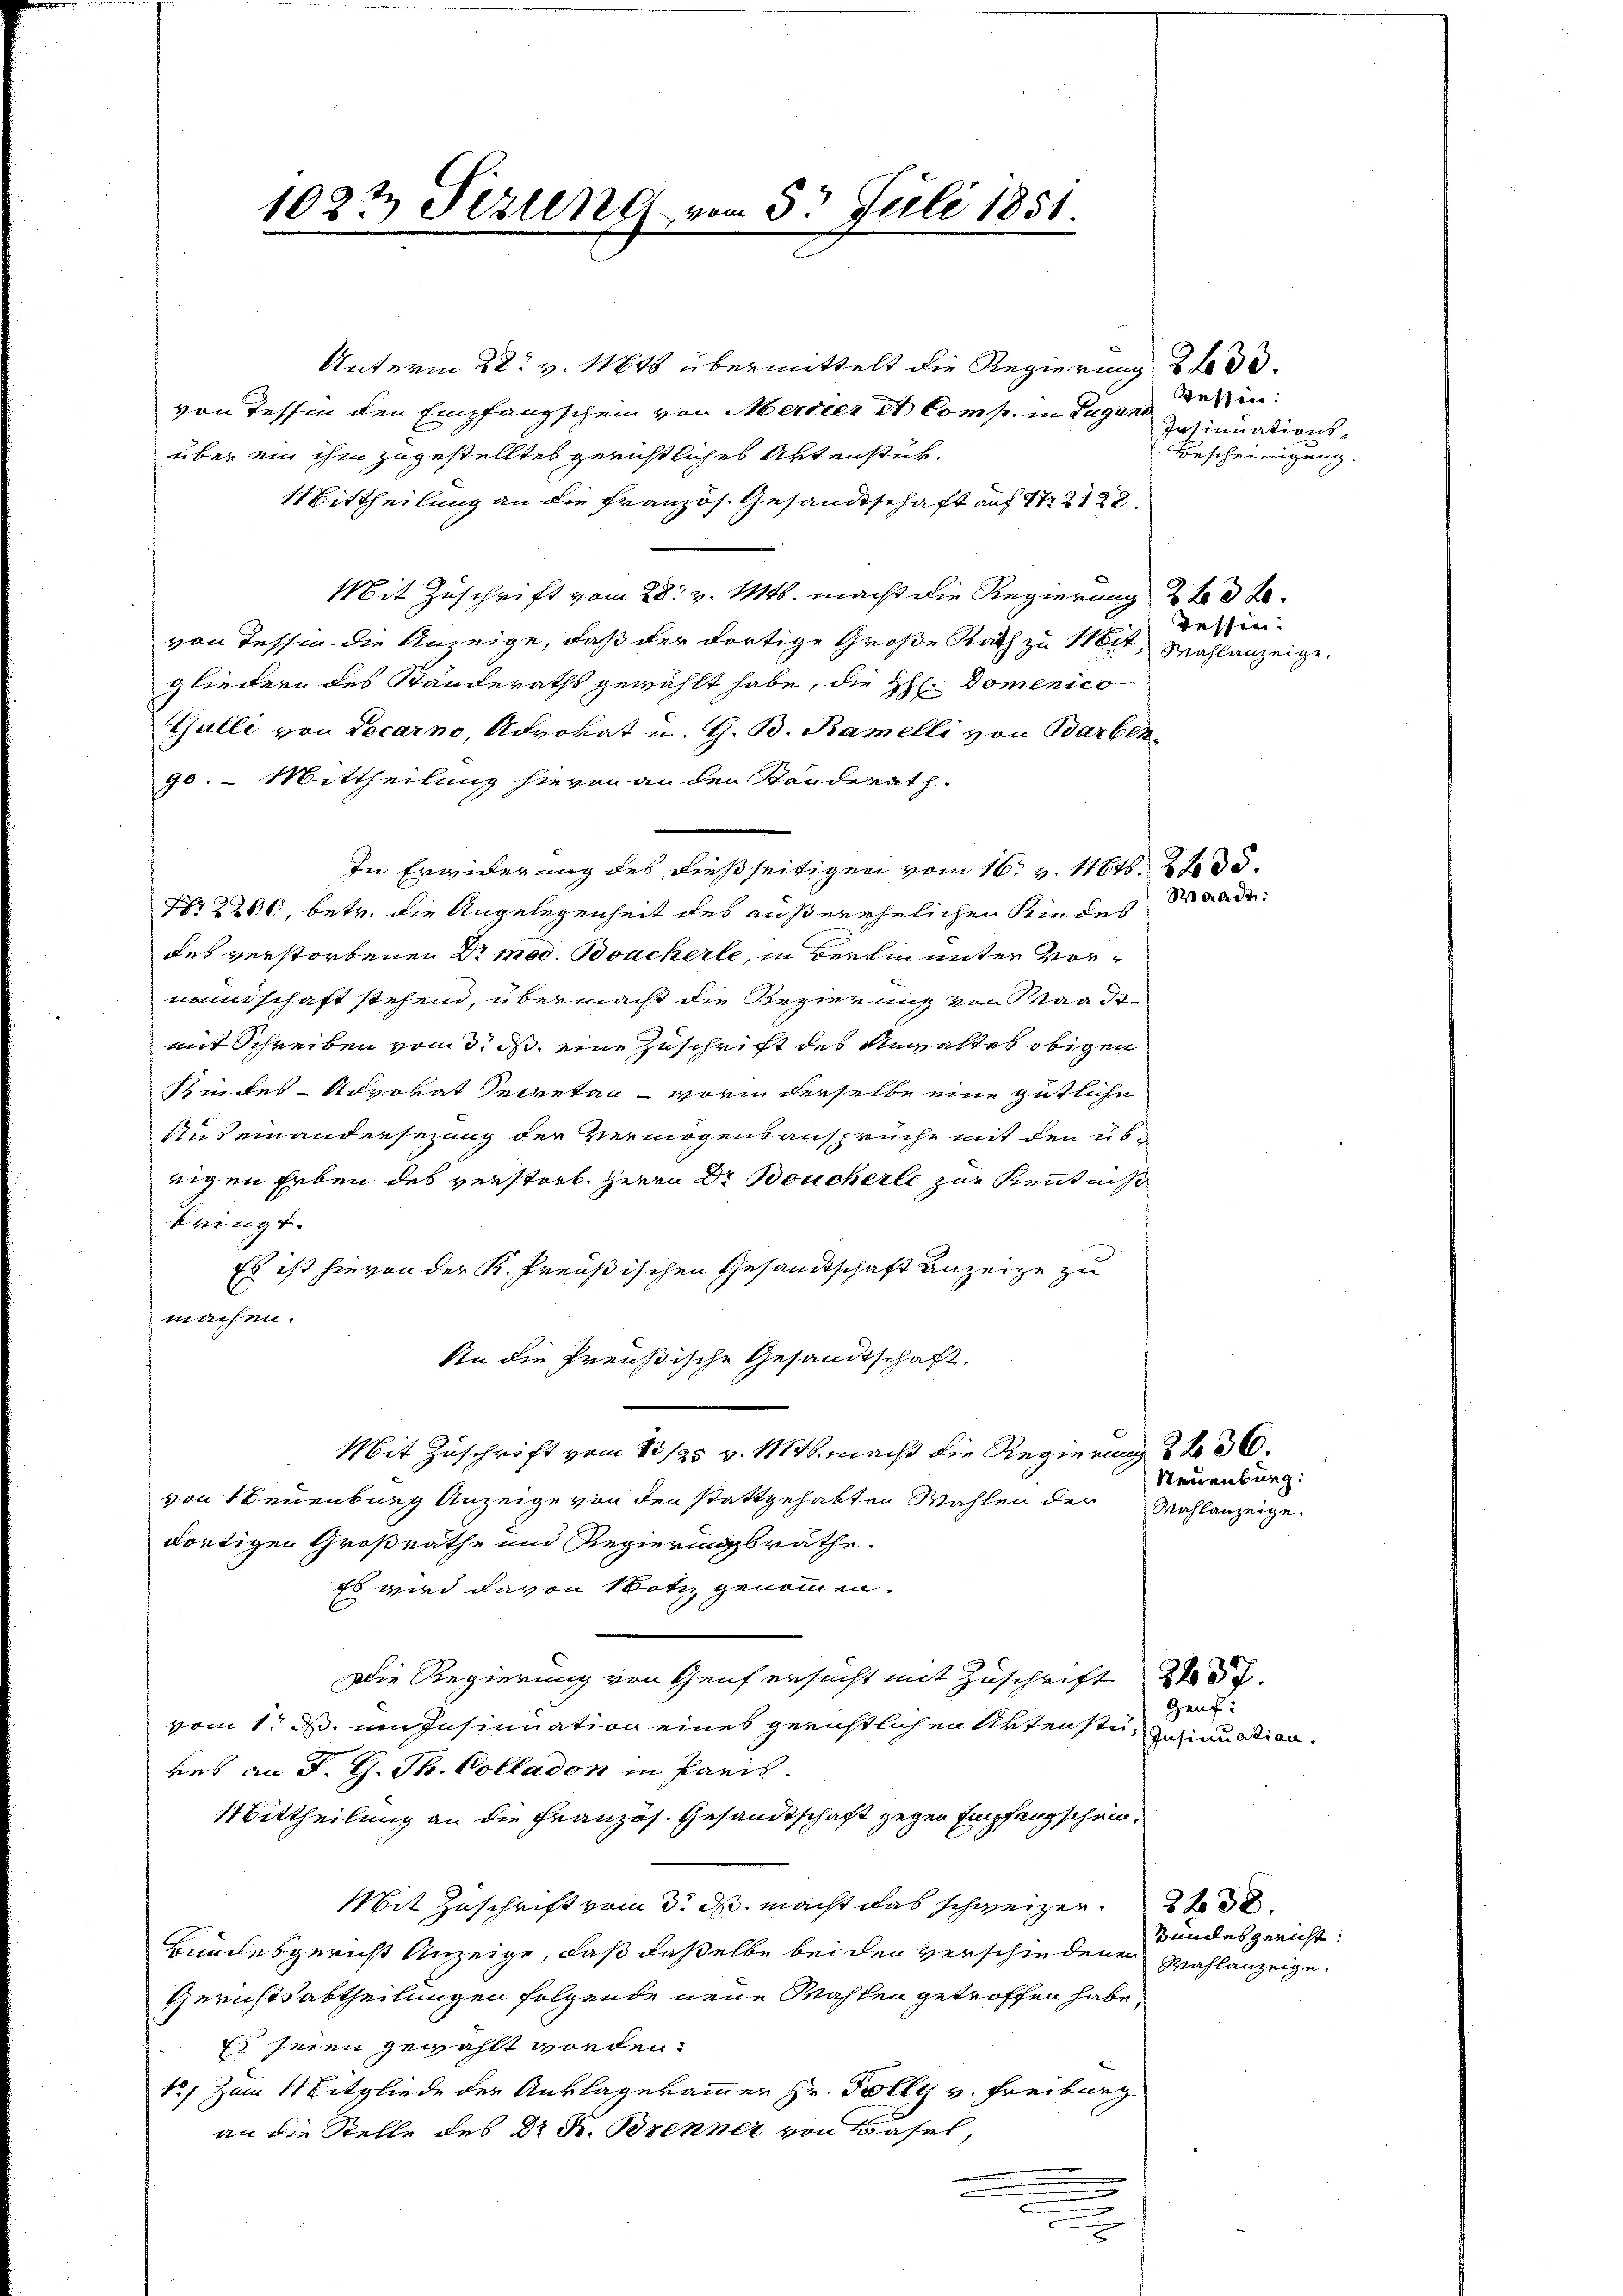
1027 Fezung von 5. Juli 1851.

Unterm 28. v. 11848 übermittelt die Regierung 2 f 30.
von Tessin den Empfangschein von Mercier A Comp. in Lugano
über ein ihm zugestelltes gerichtliches Aktenstük¬
1 Bittheilung an die Französ. Gesandtschaft auf 12128.
Mit Zuschrift vom 28. v. Mts. macht die Regierung 2 t d Bevon Tessin die Anzeige, daß der dortige Große Rath zu 116, Wahlanzeige.
gliedern des Standeraths gewählt habe, die H. Domenico
Galli von Locarno, Advokat u. G. B. Ramelli von Barben.
90. - Mittheilung hievon an den Standerath
In Erwiderung des dießseitigen vom 16. v. Mts. 2 t d d.
Nr 2200, betr. die Angelegenheit des außerehelichen Kindes
des verstorbenen Dr med. Boucherle, in Berlin unter vormannschaft stehend, übermacht die Regierung von Saade
mit Schreiben vom 3. ds. eine Zuschrift des Anwaltes obigen
Kindes- Advokat Secretan - worin derselbe eine gütliche
Auseinandersezung der Vermögensansprüche mit den übrigen Erben des verstorb. Herrn Dr Boucherle zur Kenntniß
kringt.
Es ist hievon der K. Preußischen Gesandtschaft anzeige zu
machen.
An die Preußische Gesandtschaft.
Mit Zuschrift vom 13/25 v. 184. macht die Regierung 2 f 36.
von Neuenburg Anzeige von den stattgehabten Wahlen der Wahlanzeige.
dortigen Großrathe und Regierungsräthe.
Es wird davon Notiz genommen.
Die Regierung von Genf ersucht mit Zuschrift 27.
vom 1. ds. um Insinuation eines gerichtlichen Artenste, gutinuation.
res an d. G. Th. Colladon in Paris
Mittheilung an die Französ. Gesandtschaft gegen Empfangschein¬
Mit Zuschrift vom 3. ds. macht das schweizer
Bundesgericht Anzeige, daß daßelbe bei der verschiedenen Wahlanzeige.
Gerichtsabtheilungen folgende neue Mahlen getroffen habe,
Es seien gewählt worden.
1) Zum 11 Mitgliede der Anklagekammer Hr. Folly v. Freiburg
an die Stelle des Dr Fr. Brenner von Basel,
.
.
e

Kessen:
Insinuations-
Bescheinigung.

tessen.

Waadt:

Neuenburg:

Geuf:

Bundesgericht: